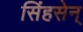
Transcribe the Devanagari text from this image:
सिंहसेन्